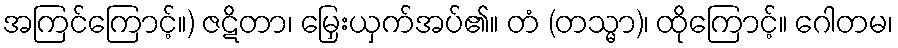
အကြင်ကြောင့်။) ဇဋိတာ၊ မြှေးယှက်အပ်၏။ တံ (တသ္မာ)၊ ထိုကြောင့်။ ဂေါတမ၊